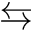
\leftrightarrows